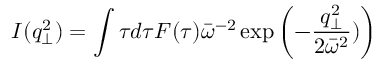
I ( q _ { \perp } ^ { 2 } ) = \int \tau d \tau F ( \tau ) \bar { \omega } ^ { - 2 } \exp \left( - \frac { q _ { \perp } ^ { 2 } } { 2 \bar { \omega } ^ { 2 } } ) \right)